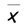
Character: x